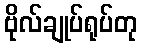
ဗိုလ်ချုပ်ရုပ်တု